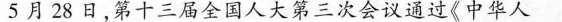
5月28日，第十三届全国人大第三次会议通过《中华人